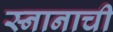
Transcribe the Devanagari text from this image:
स्नानाची